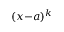
( x { - } a ) ^ { k }